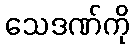
သေဒဏ်ကို